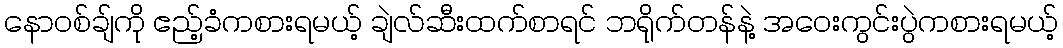
နောဝစ်ချ်ကို ဧည့်ခံကစားရမယ့် ချဲလ်ဆီးထက်စာရင် ဘရိုက်တန်နဲ့ အဝေးကွင်းပွဲကစားရမယ့်